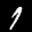
Label: 1